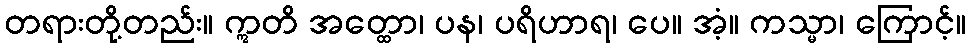
တရားတို့တည်း။ ဣတိ အတ္ထော၊ ပန၊ ပရိဟာရ၊ ပေ။ အံ့။ ကသ္မာ၊ ကြောင့်။